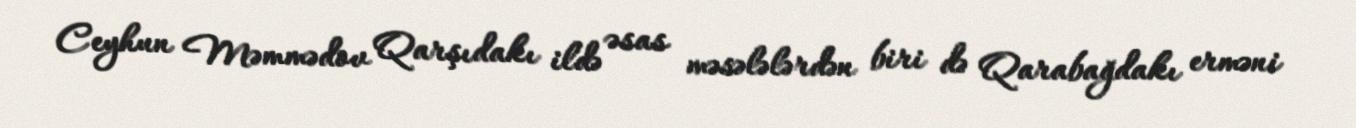
Ceyhun Məmmədov Qarşıdakı ildə əsas məsələlərdən biri də Qarabağdakı erməni